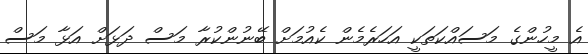
އެ މީހުންގެ މަސައްކަތަކީ އަހަރެމެން ކެއުމަށް ބޭނުންކުރާ މަސް ދަޅަށް އަޅާ މަސް